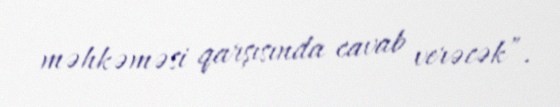
məhkəməsi qarşısında cavab verəcək”.